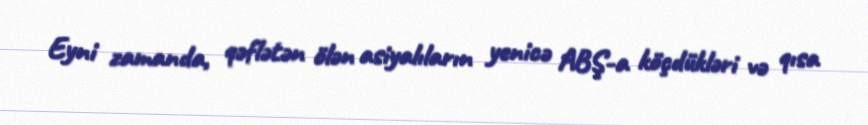
Eyni zamanda, qəflətən ölən asiyalıların yenicə ABŞ-a köçdükləri və qısa